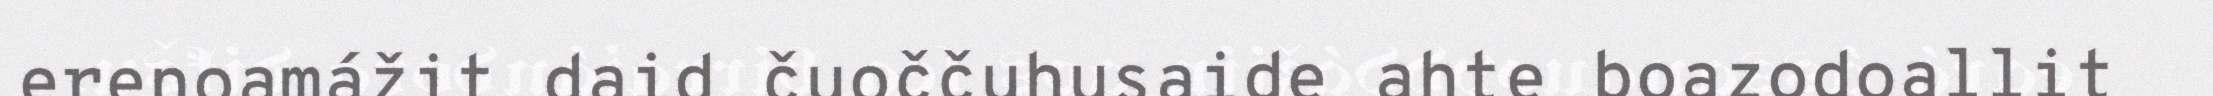
erenoamážit daid čuoččuhusaide ahte boazodoallit